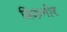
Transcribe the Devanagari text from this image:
बिकनोर